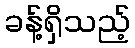
ခန့်ရှိသည့်